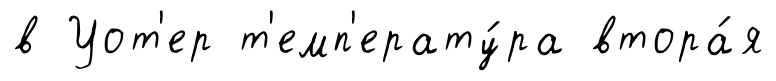
в Уот'ер т'емп'ерату́ра втора́я